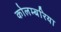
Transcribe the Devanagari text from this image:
कोलम्बरिया